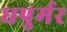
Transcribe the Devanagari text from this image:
धपुर्मर